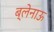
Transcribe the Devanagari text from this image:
ब्लेनाऊ